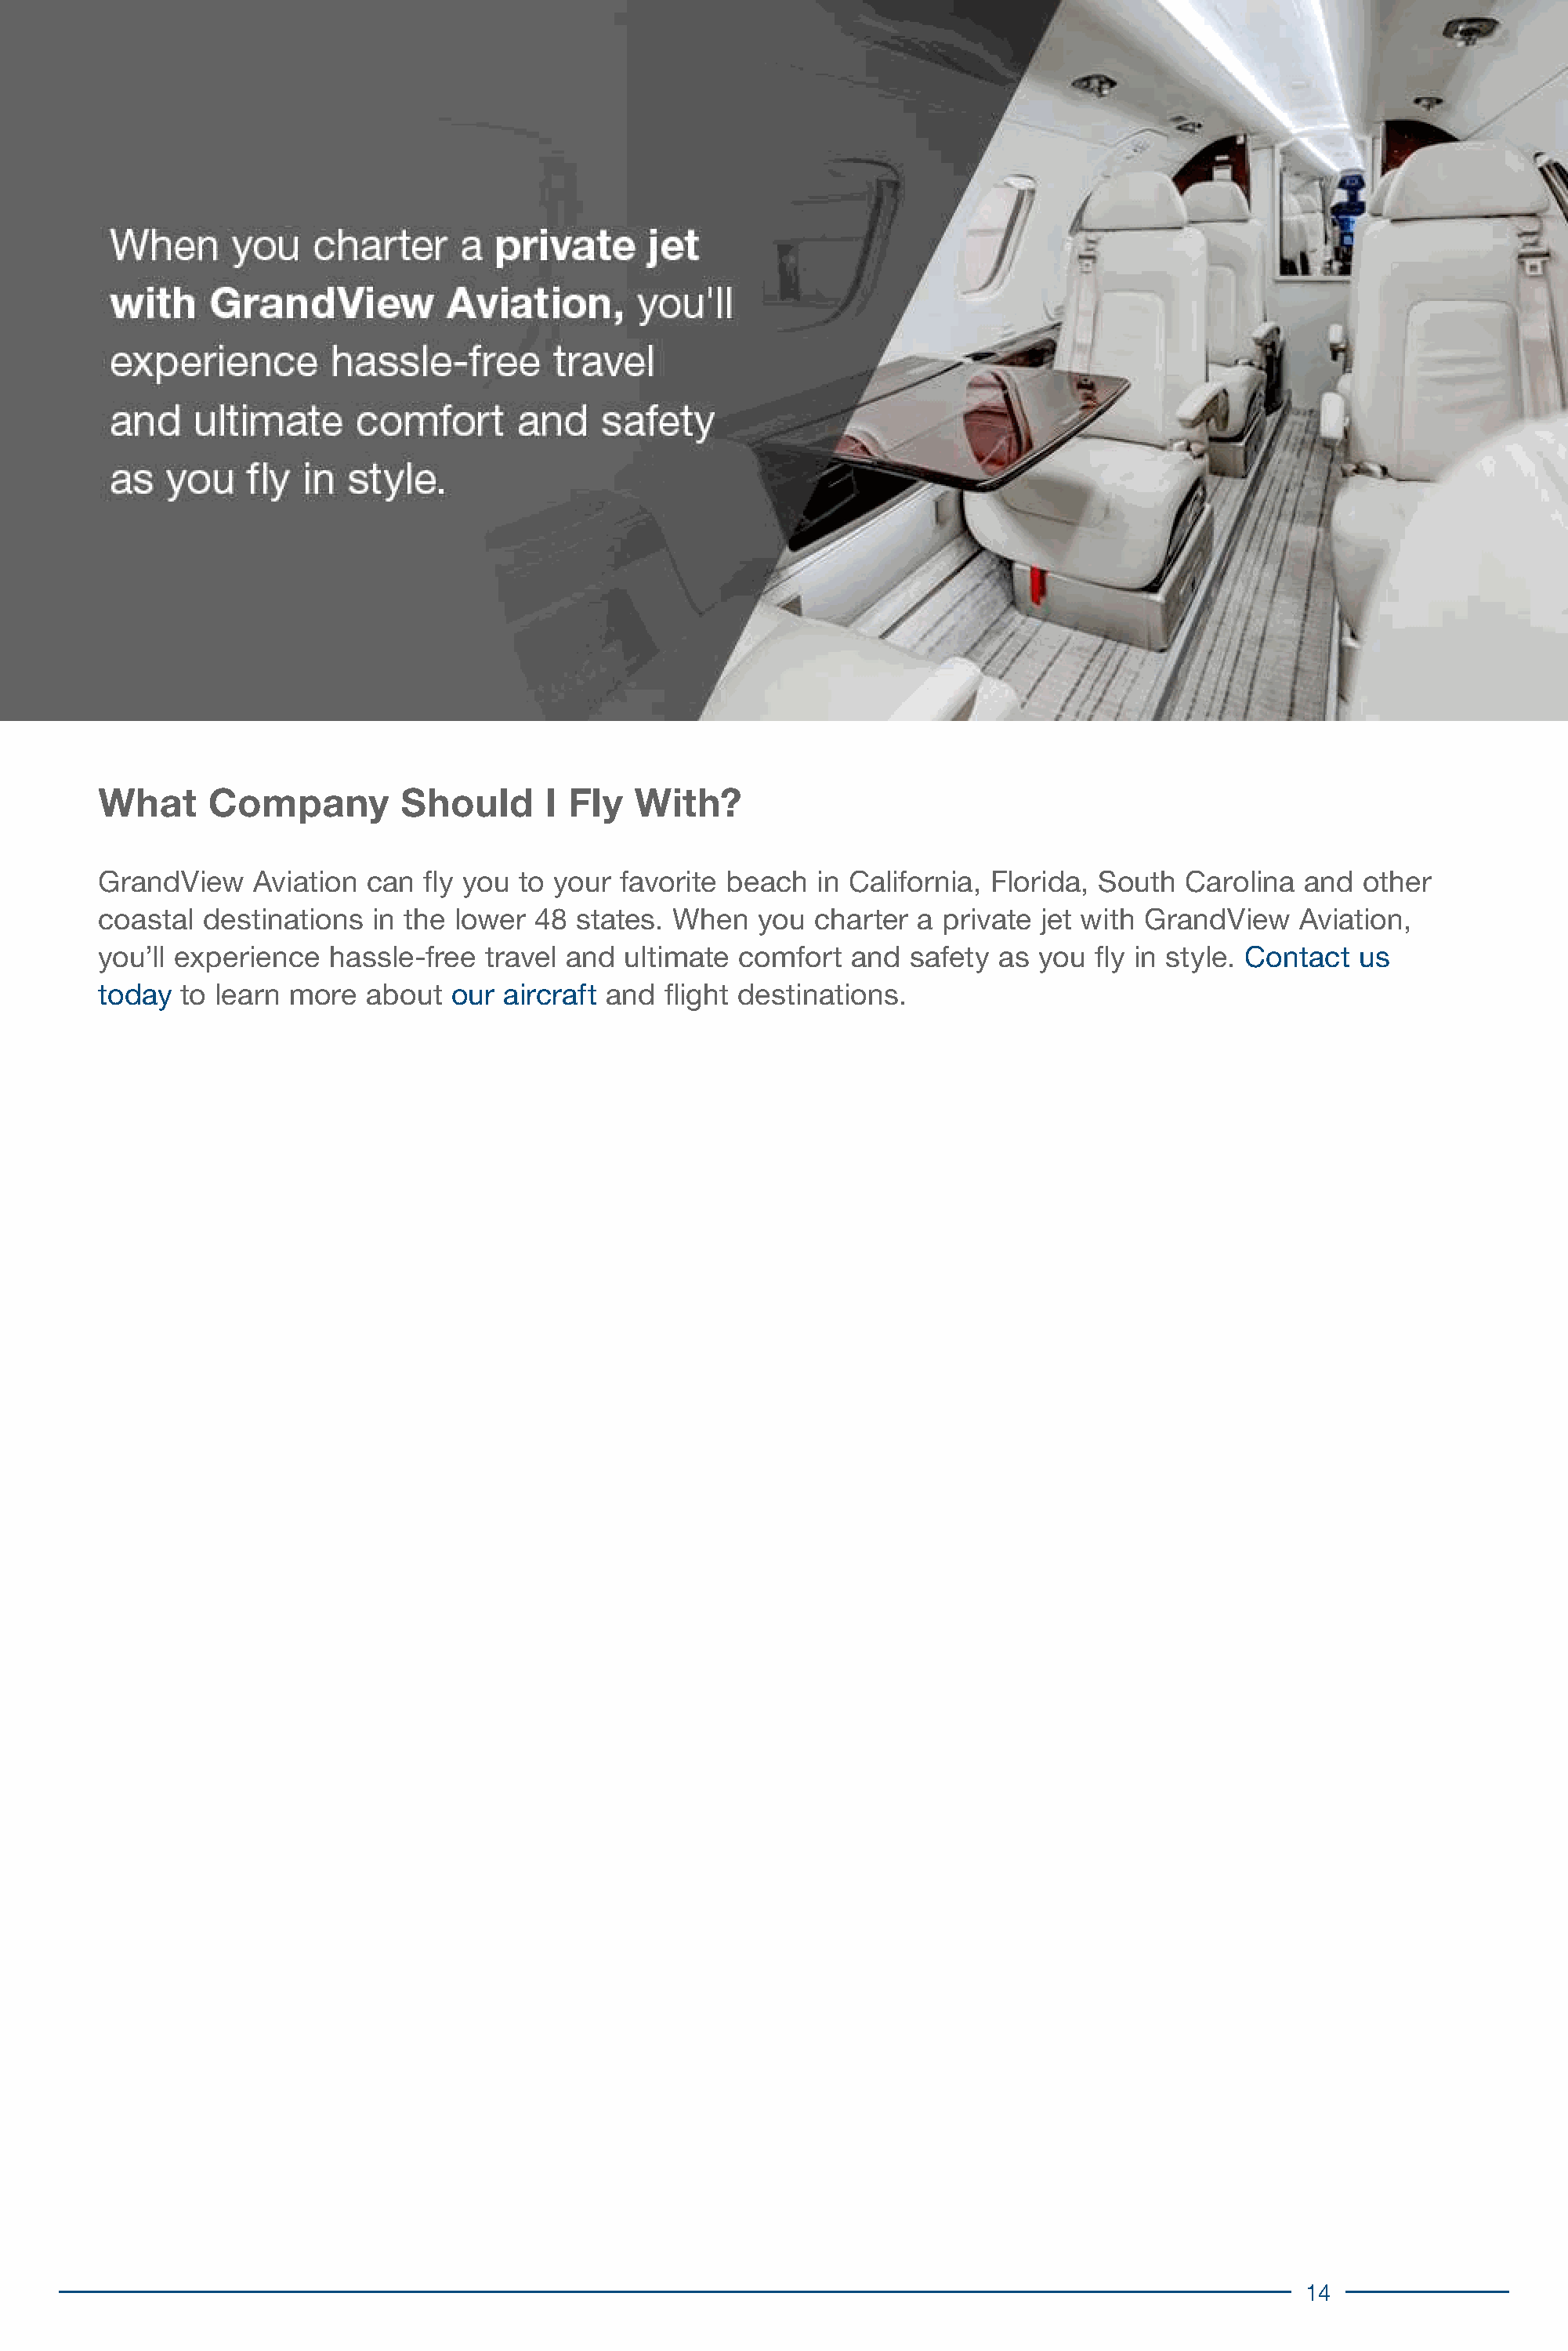
What      Company         Should      I Fly   With?
 GrandView    Aviation  can  fly you to your favorite beach   in California, Florida, South  Carolina  and  other
 coastal  destinations  in the lower  48  states. When   you  charter  a private jet with GrandView    Aviation,
 you’ll experience   hassle-free  travel and  ultimate comfort   and  safety as  you fly in style. Contact  us
 today  to learn more   about  our aircraft and  flight destinations.
 14